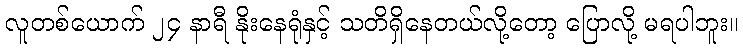
လူတစ်ယောက် ၂၄ နာရီ နိုးနေရုံနှင့် သတိရှိနေတယ်လို့တော့ ပြောလို့ မရပါဘူး။